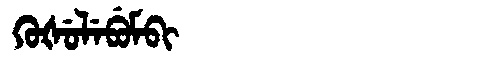
Manchu: ᡴᡠᡧᡠᠯᡝᠪᡠᠮᠪᡳ
Romanization: KUŠULEBUMBI